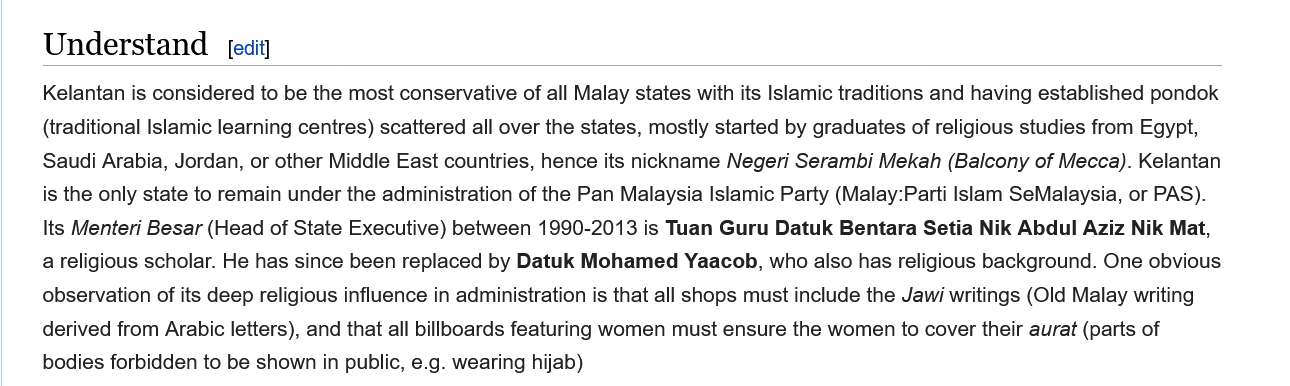
Understand    [edit]
     Kelantan is considered to be the most conservative of all Malay states with its Islamic traditions and having established pondok
     (traditional Islamic learning centres) scattered all over the states, mostly started by graduates of religious studies from Egypt,
     Saudi Arabia, Jordan, or other Middle East countries, hence its nickname Negeri Serambi Mekah (Balcony of Mecca). Kelantan
     is the only state to remain under the administration of the Pan Malaysia Islamic Party (Malay:Parti Islam SeMalaysia, or PAS).
     Its Menteri Besar (Head of State Executive) between 1990-2013 is Tuan Guru Datuk Bentara Setia Nik Abdul Aziz Nik Mat,
     a religious scholar. He has since been replaced by Datuk Mohamed Yaacob, who also has religious background. One obvious
     observation of its deep religious influence in administration is that all shops must include the Jawi writings (Old Malay writing
     derived from Arabic letters), and that all billboards featuring women must ensure the women to cover their aurat (parts of
     bodies forbidden to be shown in public, e.g. wearing hijab)